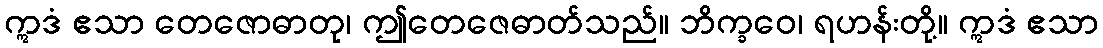
ဣဒံ ဧသာ တေဇောဓာတု၊ ဤတေဇေဓာတ်သည်။ ဘိက္ခဝေ၊ ရဟန်းတို့။ ဣဒံ ဧသာ